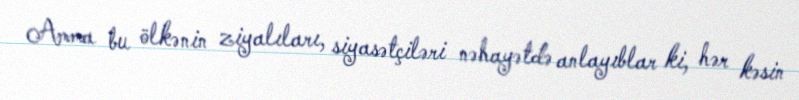
Amma bu ölkənin ziyalıları, siyasətçiləri nəhayətdə anlayıblar ki, hər kəsin